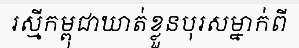
រស្មីកម្ពុជាឃាត់ខ្លួនបុរសម្នាក់ពី